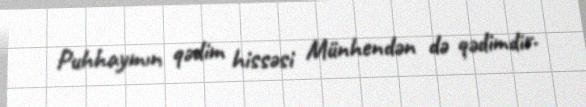
Puhhaymın qədim hissəsi Münhendən də qədimdir.